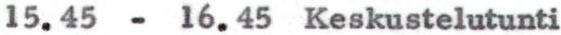
15.45 - 16.45 Keskustelutunti